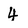
Character: 4